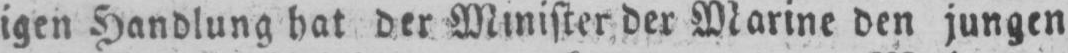
igen Handlung hat der Minister der Marine den jungen